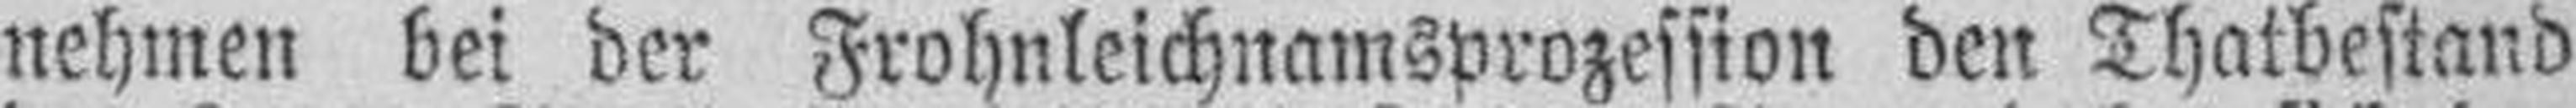
nehmen bei der Frohnleichnamsprozession den Thatbestand